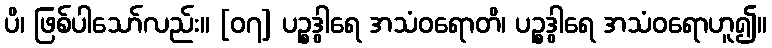
ပိ၊ ဖြစ်ပါသော်လည်း။ [၀၇] ပဉ္စဒွါရေ အသံဝရောတိ၊ ပဉ္စဒွါရေ အသံဝရောဟူ၍။